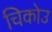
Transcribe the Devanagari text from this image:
चिकोउ